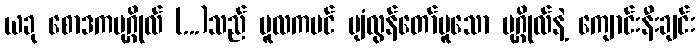
ယခု စောဒကပုဂ္ဂိုလ် (...)သည် မူလကပင် ပျံလွန်တော်မူသော ပုဂ္ဂိုလ်နဲ့ ကျောင်းနီးချင်း